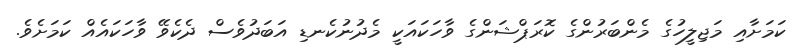
ކަމަށާއި މަޖިލީހުގެ މެންބަރުންގެ ކޮރަޕްޝަންގެ ވާހަކައަކީ މެދުނުކެނޑި އަބަދުވެސް ދެކެވޭ ވާހަކައެއް ކަމަށެވެ.